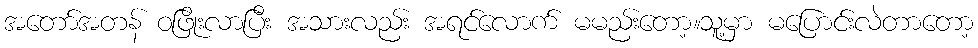
အတော်အတန် ဝဖြိုးလာပြီး အသားလည်း အရင်လောက် မမည်းတော့။သူ့မှာ မပြောင်းလဲတာတော့